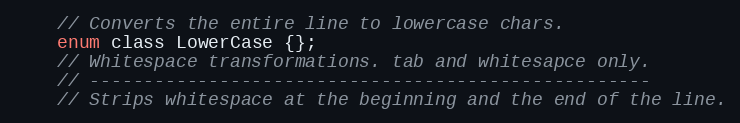
Language: C
    // Converts the entire line to lowercase chars.
    enum class LowerCase {};
    // Whitespace transformations. tab and whitesapce only.
    // ----------------------------------------------------
    // Strips whitespace at the beginning and the end of the line.